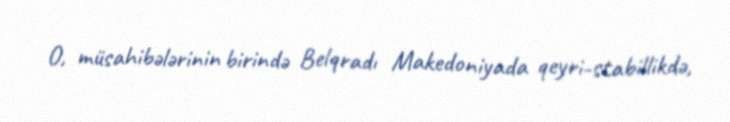
O, müsahibələrinin birində Belqradı Makedoniyada qeyri-stabillikdə,